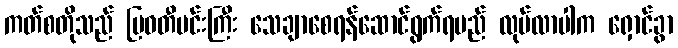
ကတ်စတိုသည် မြဝတီမင်းကြီး သေချာစေရန်ဆောင်ရွက်ရမည် လုပ်လာပါက ရှောင်ခွာ